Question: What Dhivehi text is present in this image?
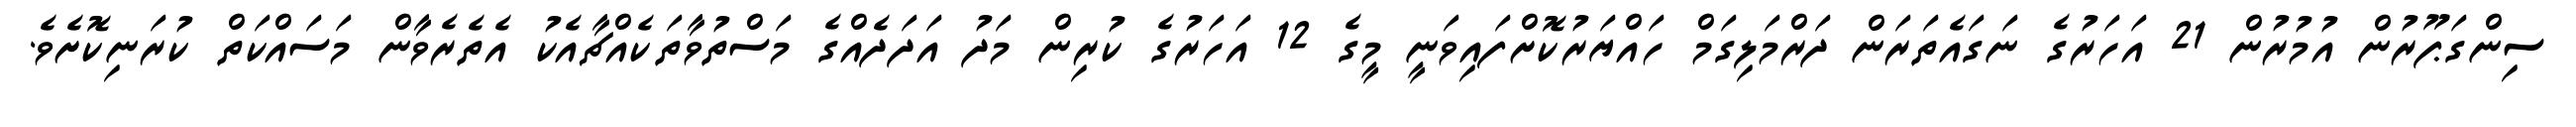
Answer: ސިންގަޕޫރުން އުމުރުން 21 އަހަރުގެ ނަގައެތަރަން ދަރްމަލިގަމް ހައްޔަރުކޮށްފައިވަނީ މީގެ 12 އަހަރުގެ ކުރިން މަދު އަދަދެއްގެ މަސްތުވާތަކެއްޗާއެކު އެތެރެވާން މަސައްކަތް ކުރަނިކޮށެވެ.